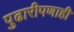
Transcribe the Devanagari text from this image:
पुढारीपणाही